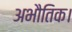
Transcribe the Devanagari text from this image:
अभौतिक।